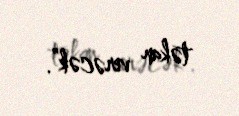
təkan verəcək”.